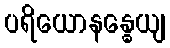
ပရိယောနန္ဓေယျ